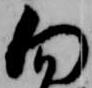
向